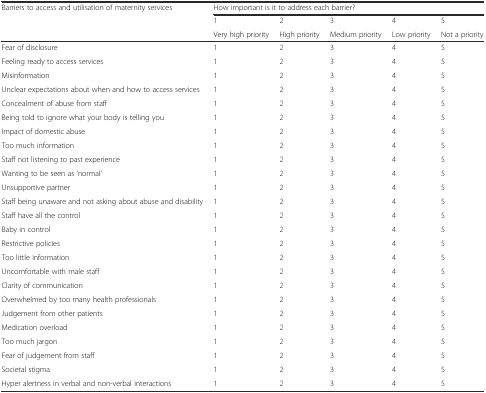
<table><thead><tr><td><b>Barriers to access and utilisation of maternity services</b></td><td colspan="5"><b>How important is it to address each barrier?</b></td></tr><tr><td></td><td><b>1</b></td><td><b>2</b></td><td><b>3</b></td><td><b>4</b></td><td><b>5</b></td></tr><tr><td></td><td><b>Very high priority</b></td><td><b>High priority</b></td><td><b>Medium priority</b></td><td><b>Low priority</b></td><td><b>Not a priority</b></td></tr></thead><tbody><tr><td>Fear of disclosure</td><td>1</td><td>2</td><td>3</td><td>4</td><td>5</td></tr><tr><td>Feeling ready to access services</td><td>1</td><td>2</td><td>3</td><td>4</td><td>5</td></tr><tr><td>Misinformation</td><td>1</td><td>2</td><td>3</td><td>4</td><td>5</td></tr><tr><td>Unclear expectations about when and how to access services</td><td>1</td><td>2</td><td>3</td><td>4</td><td>5</td></tr><tr><td>Concealment of abuse from staff</td><td>1</td><td>2</td><td>3</td><td>4</td><td>5</td></tr><tr><td>Being told to ignore what your body is telling you</td><td>1</td><td>2</td><td>3</td><td>4</td><td>5</td></tr><tr><td>Impact of domestic abuse</td><td>1</td><td>2</td><td>3</td><td>4</td><td>5</td></tr><tr><td>Too much information</td><td>1</td><td>2</td><td>3</td><td>4</td><td>5</td></tr><tr><td>Staff not listening to past experience</td><td>1</td><td>2</td><td>3</td><td>4</td><td>5</td></tr><tr><td>Wanting to be seen as ‘normal’</td><td>1</td><td>2</td><td>3</td><td>4</td><td>5</td></tr><tr><td>Unsupportive partner</td><td>1</td><td>2</td><td>3</td><td>4</td><td>5</td></tr><tr><td>Staff being unaware and not asking about abuse and disability</td><td>1</td><td>2</td><td>3</td><td>4</td><td>5</td></tr><tr><td>Staff have all the control</td><td>1</td><td>2</td><td>3</td><td>4</td><td>5</td></tr><tr><td>Baby in control</td><td>1</td><td>2</td><td>3</td><td>4</td><td>5</td></tr><tr><td>Restrictive policies</td><td>1</td><td>2</td><td>3</td><td>4</td><td>5</td></tr><tr><td>Too little information</td><td>1</td><td>2</td><td>3</td><td>4</td><td>5</td></tr><tr><td>Uncomfortable with male staff</td><td>1</td><td>2</td><td>3</td><td>4</td><td>5</td></tr><tr><td>Clarity of communication</td><td>1</td><td>2</td><td>3</td><td>4</td><td>5</td></tr><tr><td>Overwhelmed by too many health professionals</td><td>1</td><td>2</td><td>3</td><td>4</td><td>5</td></tr><tr><td>Judgement from other patients</td><td>1</td><td>2</td><td>3</td><td>4</td><td>5</td></tr><tr><td>Medication overload</td><td>1</td><td>2</td><td>3</td><td>4</td><td>5</td></tr><tr><td>Too much jargon</td><td>1</td><td>2</td><td>3</td><td>4</td><td>5</td></tr><tr><td>Fear of judgement from staff</td><td>1</td><td>2</td><td>3</td><td>4</td><td>5</td></tr><tr><td>Societal stigma</td><td>1</td><td>2</td><td>3</td><td>4</td><td>5</td></tr><tr><td>Hyper alertness in verbal and non-verbal interactions</td><td>1</td><td>2</td><td>3</td><td>4</td><td>5</td></tr></tbody></table>